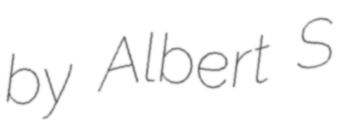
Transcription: by Albert S